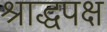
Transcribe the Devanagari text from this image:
श्राद्धपक्ष